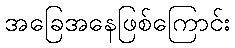
အခြေအနေဖြစ်ကြောင်း